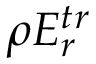
\rho E _ { r } ^ { t r }